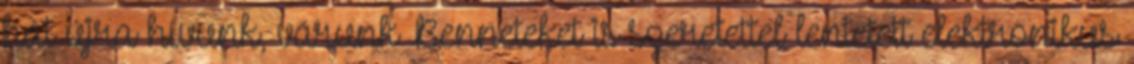
hát újra hívunk, várunk Benneteket is szeretettel lentetett elektronikus